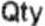
QTY